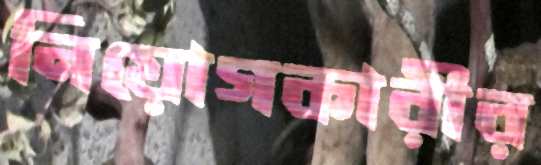
নিয়োগকারীর